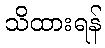
သိထားရန်